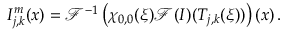
I _ { j , k } ^ { m } ( \boldsymbol { x } ) = \mathcal { F } ^ { - 1 } \left( \chi _ { 0 , 0 } ( \boldsymbol { \xi } ) \mathcal { F } ( I ) ( T _ { j , k } ( \boldsymbol { \xi } ) ) \right) ( \boldsymbol { x } ) \, .